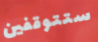
ستتوقفين